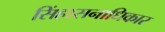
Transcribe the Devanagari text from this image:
सिंहासनाधिकार